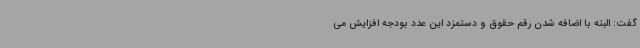
گفت: البته با اضافه شدن رقم حقوق و دستمزد این عدد بودجه افزایش می